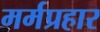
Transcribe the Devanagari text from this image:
मर्मप्रहार